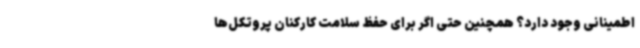
اطمینانی وجود دارد؟ همچنین حتی اگر برای حفظ سلامت کارکنان پروتکل‌ها